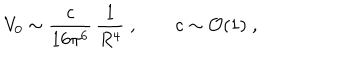
V _ { 0 } \sim \frac { c } { 1 6 \pi ^ { 6 } } \, \frac { 1 } { R ^ { 4 } } \; , \qquad c \sim { \cal O } ( 1 ) \; ,